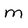
Character: m